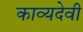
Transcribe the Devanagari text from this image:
काव्यदेवी